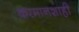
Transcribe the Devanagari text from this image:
करमानशाही